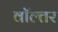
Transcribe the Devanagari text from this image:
वॉल्तर